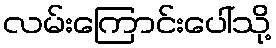
လမ်းကြောင်းပေါ်သို့